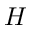
H